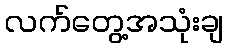
လက်တွေ့အသုံးချ